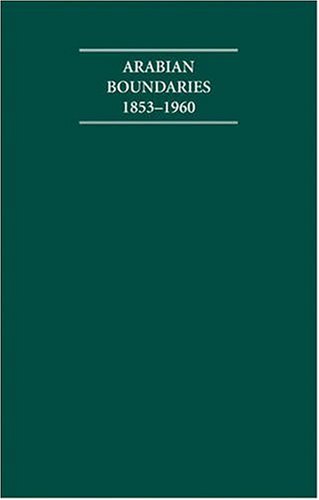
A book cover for Arabian Boundaries 1853-1960 30 Volume Hardback Set Including Boxed Maps (Cambridge Archive Editions); History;